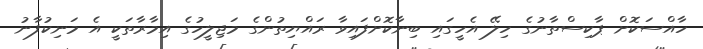
ހާއްސަކޮށް ޕާކިސްތާނުގެ ހިލޭ އެހީގައި ބިނާކޮށްފައިވާ ރައްޔިތުންގެ މަޖިލީހުގެ އިމާރާތަކީ އެ މަނިކުފާނު